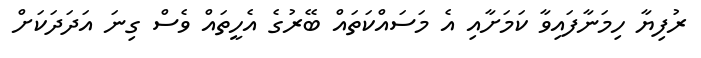
ރުފިޔާ ހިމަނާފައިވާ ކަމަށާއި އެ މަސައްކަތައް ބޭރުގެ އެހީތައް ވެސް ގިނަ އަދަދަކަށް